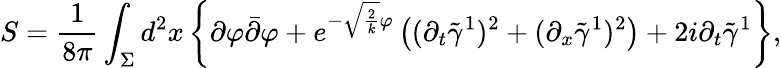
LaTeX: S=\frac{1}{8\pi}\int_{\Sigma}d^{2}x\left\{ \partial\varphi\bar{\partial}\varphi+e^{-\sqrt{\frac{2}{k}}\varphi}\left((\partial_{t}\tilde{\gamma}^{1})^{2}+(\partial_{x}\tilde{\gamma}^{1})^{2}\right)+2i\partial_{t}\tilde{\gamma}^{1}\right\} ,